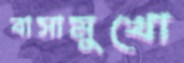
বাসামুখো